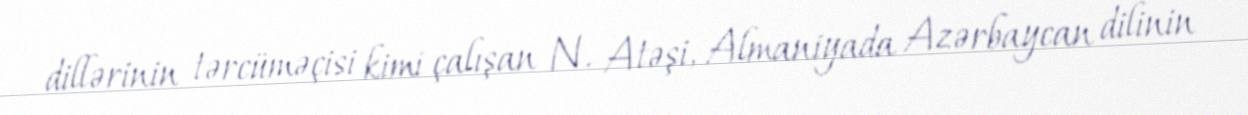
dillərinin tərcüməçisi kimi çalışan N. Atəşi, Almaniyada Azərbaycan dilinin